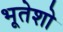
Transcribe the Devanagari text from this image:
भूतेशो